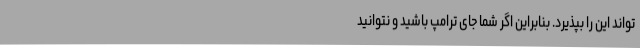
‌تواند این را بپذیرد. بنابراین اگر شما جای ترامپ باشید و نتوانید